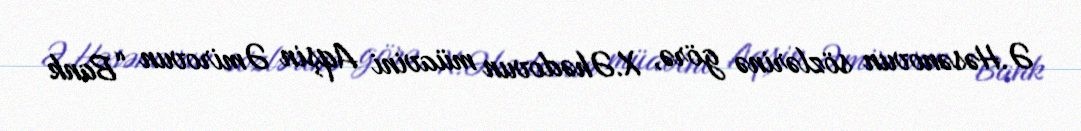
Ə.Həsənovun sözlərinə görə, X.Əhədovun müavini Aqşin Əmirovun “Bank